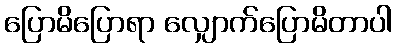
ပြောမိပြောရာ လျှောက်ပြောမိတာပါ